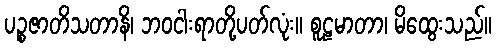
ပဉ္စဇာတိသတာနိ၊ ဘဝငါးရာတို့ပတ်လုံး။ စူဠမာတာ၊ မိထွေးသည်။